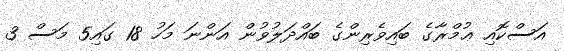
އަސްކޮއި ޢުމްރާގެ ބައިވެރިންގެ ބައްދަލުވުން އަންނަ މަހު 18 ގައި5 މަސް 3